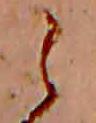
ら